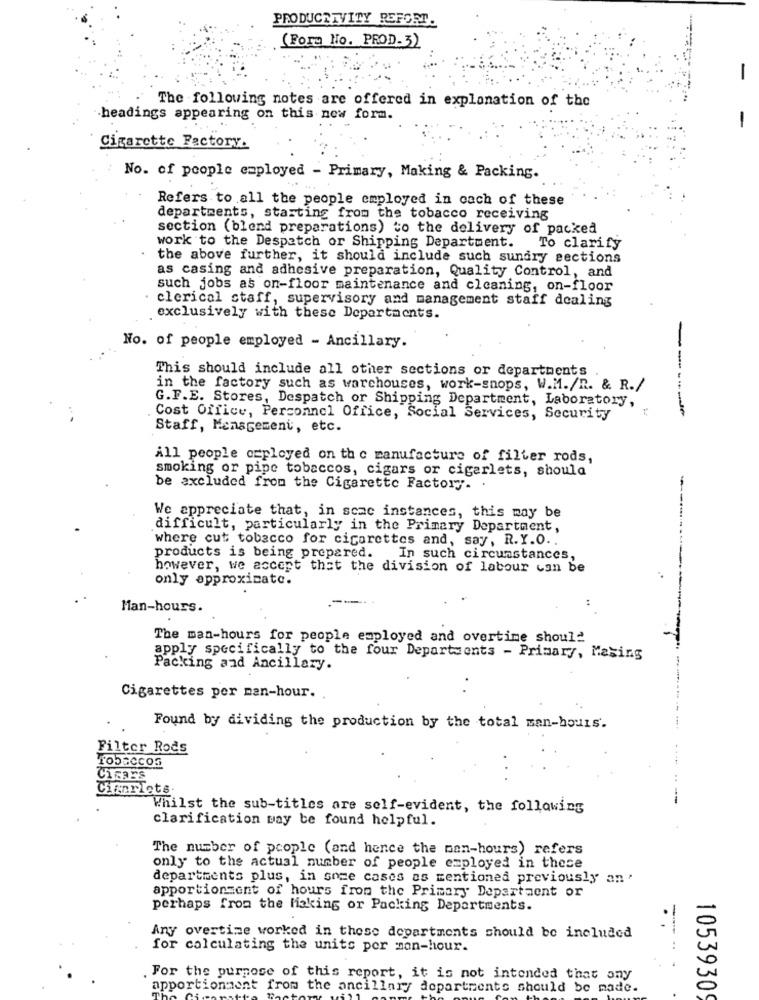
PRODUCTIVITY REFORT.
(Fora No. PROD-3)
-
The following notes are offered in explanation of the
headings appearing on this new form.
-
Cigarette Factory.
No. of people employed - Primary, Making & Packing.
Refers to all the people employed in cach of these
departments, starting from the tobacco receiving
section (blend preparations) to the delivery of packed
work to the Despatch or Shipping Department. To clarify
the above further, it should include such sundry sections
as casing and adhesive preparation, Quality Control, and
such jobs as on-floor maintenance and cleaning, on-floor
· clerical staff, supervisory and management staff dealing
exclusively with these Departments.
No. of people employed - Ancillary.
This should include all other sections or departments
in the factory such as warchouses, work-shops, W.M./R. & R./
G.F.E. Stores, Despatch or Shipping Department, Laboratory,
Cost Office, Personnel Office, Social Services, Security
-----
Staff, Menagement, etc.
All people czployed on the manufacture of filter rods,
smoking or pipe tobaccos, cigars or cigarlets, should
be excluded from the Cigarette Factory. .
We appreciate that, in scac instances, this may be
......
difficult, particularly in the Primary Department,
where cut tobacco for cigarettes and, say, R.Y.O ..
products is being prepared.
In such circumstances,
however, we accept that the division of labour can be
only approximate.
---.
Man-hours.
The man-hours for people employed and overtime should
apply specifically to the four Departments - Primary, Masing
Packing and Ancillary.
Cigarettes per nan-hour.
Found by dividing the production by the total man-hours.
Filter Rods
Tobaccos
CHERES
Chianriets.
Whilst the sub-titles are self-evident, the following
clarification way be found helpful.
The number of people (and hence the man-hours) refers
only to the actual number of people employed in these
departments plus, in some cases as mentioned previously an '
apportionment of hours from the Primary Department or
perhaps from the Making or Packing Departments.
Any overtime worked in these departments should be included
for calculating the units per man-hour.
For the purpose of this report, it is not intended that any
apportionment from the ancillary departments should be made.
10539309